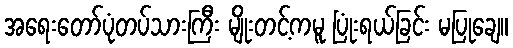
အရေးတော်ပုံတပ်သားကြီး မျိုးတင့်ကမူ ပြုံးရယ်ခြင်း မပြုချေ။